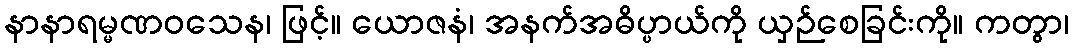
နာနာရမ္မဏဝသေန၊ ဖြင့်။ ယောဇနံ၊ အနက်အဓိပ္ပာယ်ကို ယှဉ်စေခြင်းကို။ ကတွာ၊